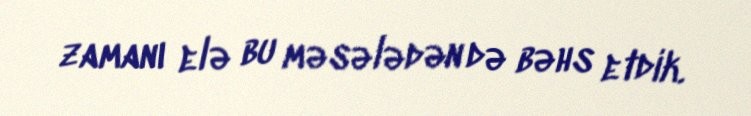
zamanı elə bu məsələdən də bəhs etdik.